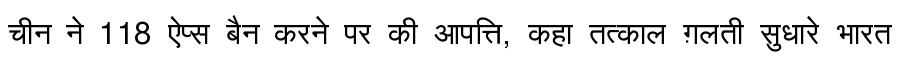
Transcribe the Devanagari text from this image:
चीन ने 118 ऐप्स बैन करने पर की आपत्ति, कहा तत्काल ग़लती सुधारे भारत